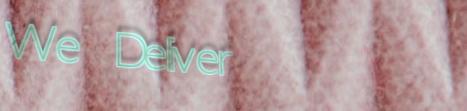
We Deliver